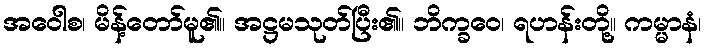
အဝေါစ၊ မိန့်တော်မူ၏။ အဋ္ဌမသုတ်ပြီး၏။ ဘိက္ခဝေ၊ ရဟန်းတို့။ ကမ္မာနံ၊